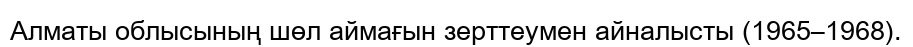
Алматы облысының шөл аймағын зерттеумен айналысты (1965–1968).